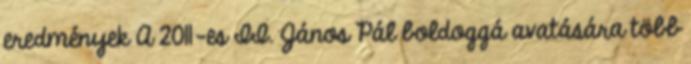
eredmények A 2011-es II. János Pál boldoggá avatására több